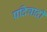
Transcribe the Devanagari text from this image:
प्रदिवादी